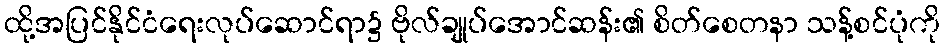
ထို့အပြင်နိုင်ငံရေးလုပ်ဆောင်ရာ၌ ဗိုလ်ချုပ်အောင်ဆန်း၏ စိတ်စေတနာ သန့်စင်ပုံကို